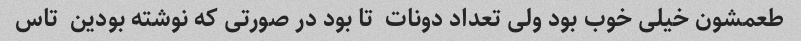
طعمشون خیلی خوب بود ولی تعداد دونات  تا بود در صورتی که نوشته بودین  تاس